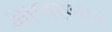
માલાબાર